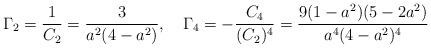
LaTeX: \begin{align*}\Gamma_2=\frac{1}{C_2}= \frac{3}{a^2 (4-a^2)},\ \ \ \Gamma_4=-\frac{C_4}{(C_2)^4}=\frac{9(1-a^2)(5-2a^2)}{a^4(4-a^2)^4}\end{align*}